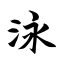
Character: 泳